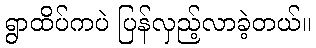
ရွာထိပ်ကပဲ ပြန်လှည့်လာခဲ့တယ်။